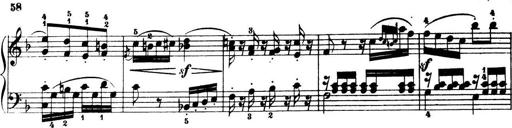
Title: 32 Sonatinas and Rondos for the Piano
Composer: Richard Kleinmichel